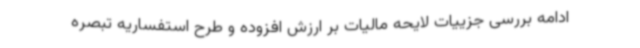
ادامه بررسی جزییات لایحه مالیات بر ارزش افزوده و طرح استفساریه تبصره